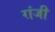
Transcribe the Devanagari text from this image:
रांजी